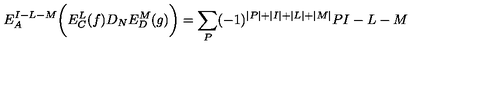
E _ { A } ^ { I - L - M } \biggl ( E _ { C } ^ { L } ( f ) D _ { N } E _ { D } ^ { M } ( g ) \biggr ) = \sum _ { P } ( - 1 ) ^ { \vert P \vert + \vert I \vert + \vert L \vert + \vert M \vert } { \binom { P } { I - L - M } }